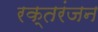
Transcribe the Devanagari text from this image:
रक्तरंजन